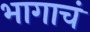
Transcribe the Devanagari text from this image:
भागाचं